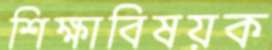
শিক্ষাবিষয়ক